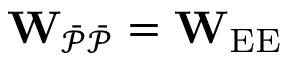
\mathbf { W } _ { \mathcal { \Bar { P } \Bar { P } } } = \mathbf { W } _ { \mathrm { E E } }